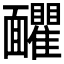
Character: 𩉗